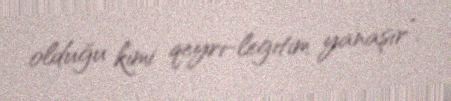
olduğu kimi qeyri-legitim yanaşır”.